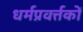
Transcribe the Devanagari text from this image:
धर्मप्रवर्त्तकों